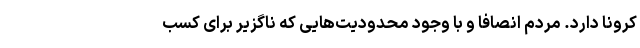
کرونا دارد. مردم انصافا و با وجود محدودیت‌هایی که ناگزیر برای کسب